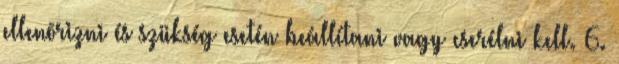
ellenõrizni és szükség esetén beállítani vagy cserélni kell. 6.